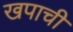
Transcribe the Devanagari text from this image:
खपाची